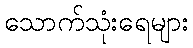
သောက်သုံးရေများ